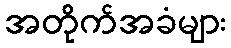
အတိုက်အခံများ